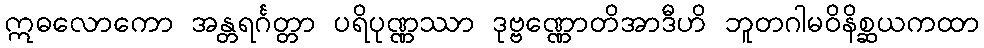
ဣဓလောကော အန္တရင်္ဂတ္တာ ပရိပုဏ္ဏဿာ ဒုဗ္ဗဏ္ဏောတိအာဒီဟိ ဘူတဂါမဝိနိစ္ဆယကထာ